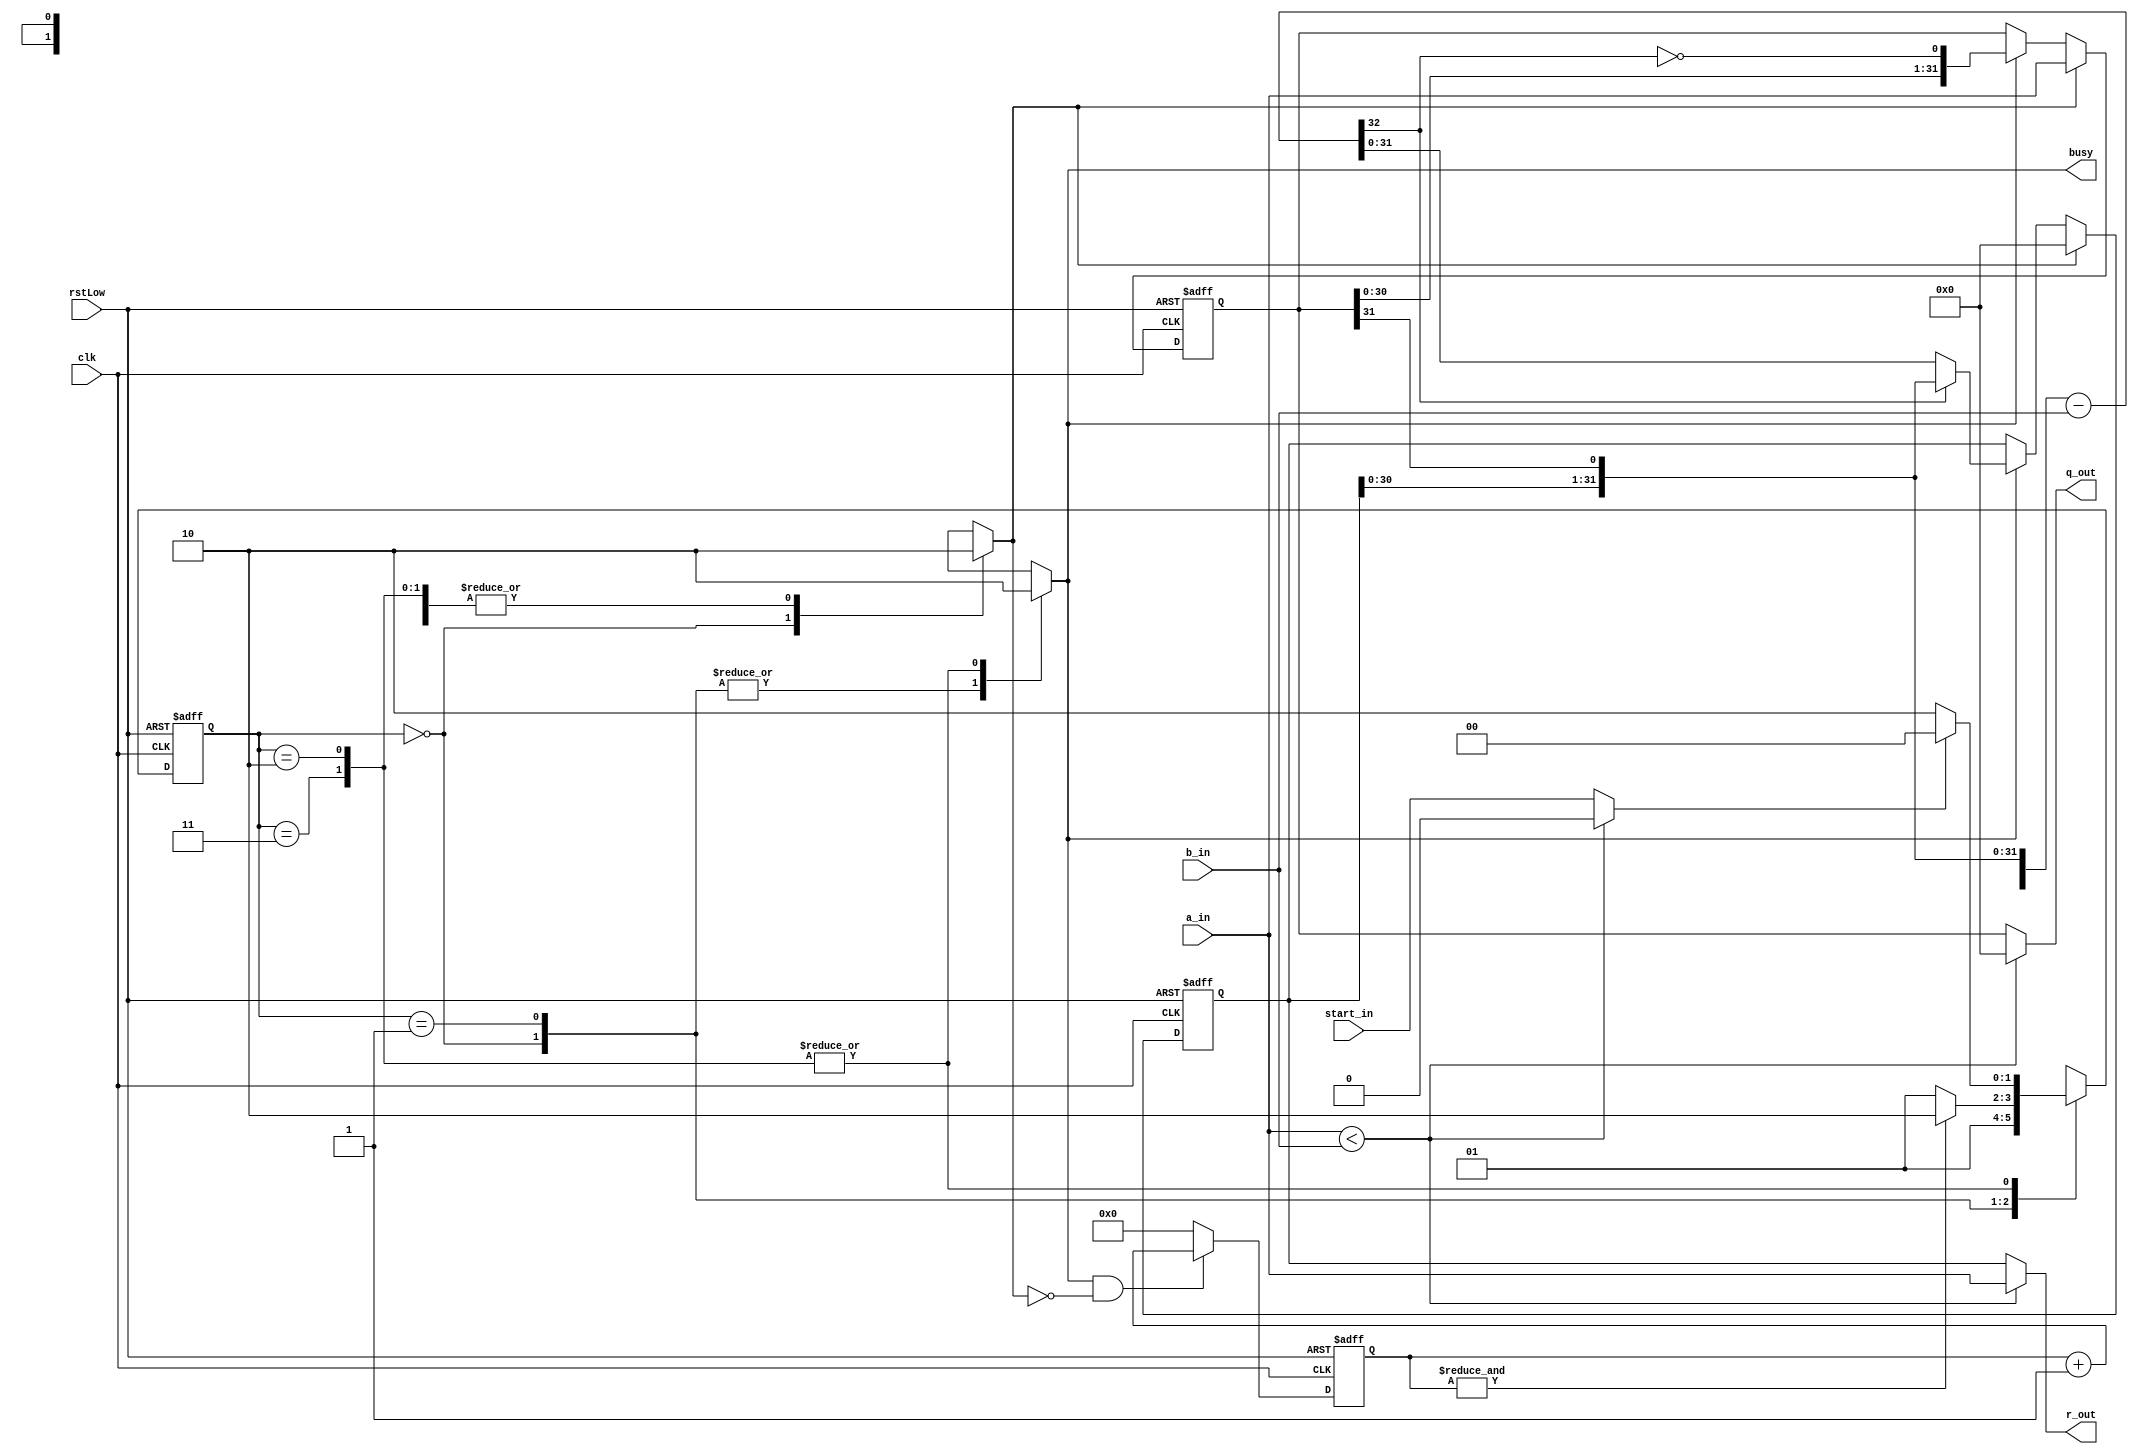
// Telecommunications Master Dissertation - Francis Fuentes 8-10-2020
// Divider HW model following a restoring design.
// Normal operation includes maintaining the results until there's a synchronous start signal.

module bDIVrest32u(a_in, b_in, start_in, clk, rstLow, q_out, r_out, busy);
// Input operands and control signals.
input		[31:0] a_in; 	// Dividend
input		[31:0] b_in; 	// Divisor
input		start_in;	// start operation flag.
input		clk;		// Clock signal
input 	rstLow;			// Reset signal at low

// Output results and busy flag.
output		[31:0] q_out;	// Quotient result.
output		[31:0] r_out;	// Remainder result.
output reg	busy;		// Ongoing operation flag (results when goes low).

// Intern registers.
reg		[31:0] reg_q;	// Dividend register that ends with the quotient.
reg		[31:0] reg_r;	// Remainder or partial remainder register.

// Output and start blocking in case of dividend < quotient to single-cycle results.
wire start;
wire DividendLowerDivisor;

assign DividendLowerDivisor = a_in < b_in;

assign 	start = (DividendLowerDivisor ? 1'b0  : start_in);
assign 	q_out = (DividendLowerDivisor ? 32'b0 : reg_q);
assign 	r_out = (DividendLowerDivisor ? a_in  : reg_r);

// Intern control signals.
reg		 [4:0] count;	// Iteration counter.
reg		 init;			// Initialize control signal (counter, registers, etc).

// Intern results signals.
wire 	[32:0] res;	// Combinational subtraction result for next iteration.
assign         res = {reg_r[31:0], reg_q[31]} - {1'b0, b_in};


// *************************
// ** State machine logic **
// *************************
	// State machine registers and parameter values.
reg 		[1:0] State;
parameter	[1:0] Prep = 2'd0, Loop = 2'd1, Finish = 2'd2, Free = 2'd3;


	// Next state control management.
always @(posedge clk or negedge rstLow)
 if (!rstLow) State <= Finish;
 else case(State) // All possible outcomes must be defined to avoid latches.
 	Prep:   // Load in one cycle the operands and continue to Loop.
		State = Loop;

	Loop:	// Change to Finish when count = 31 or to Prep if is rst.
		State = (&count ? Finish : Loop);

	Finish, Free: //Finish: // Maintain results until rst or next start.
		State = (start ? Prep : Finish);
 endcase


	// State machine control signals output.
always @(State)
 case(State)
	Prep: begin 		// Preparation phase:
		busy = 1'b1;	// Load input operands and
		init = 1'b1;	// to prepare for operation
	      end		// execution.

	Loop: begin		// Loop or Operation phase:
		busy = 1'b1;	// Enable iteration counter 
		init = 1'b0;	// and at each iteration,
	      end	      	// perform the required ops.

	Finish, Free: begin	// Finish or Idle phase:
		busy = 1'b0;	// Stop operating and wait
	   	init = 1'b0; 	// maintaing the results,
	        end	        // until a new operation 
 endcase		        // is requested.


// **********************
// ** Sequential logic **
// **********************

always @(posedge clk or negedge rstLow)
 if (!rstLow) count <= 5'b0;
 else count <= (busy && !init ? count + 5'b1 : 5'b0);

always @(posedge clk or negedge rstLow)
 if (!rstLow) reg_q <= 32'b0;
 else if (init) reg_q <= a_in; // Load dividend.
      else if (busy) reg_q <= {reg_q[30:0], !res[32]}; // Load LShift.

// reg_r operation load depends on the subtraction result sign, if its
// positive (partial remaining > divisor), load result; if neg, left shift.
always @(posedge clk or negedge rstLow)
 if (!rstLow) reg_r <= 32'b0;
 else if (init) reg_r <= 32'b0;
      else if (busy) reg_r <= (res[32] ? {reg_r[30:0], reg_q[31]}
				: res[31:0]);
											 
endmodule